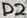
Text: D2